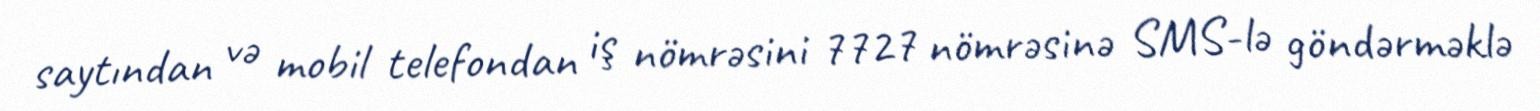
saytından və mobil telefondan iş nömrəsini 7727 nömrəsinə SMS-lə göndərməklə